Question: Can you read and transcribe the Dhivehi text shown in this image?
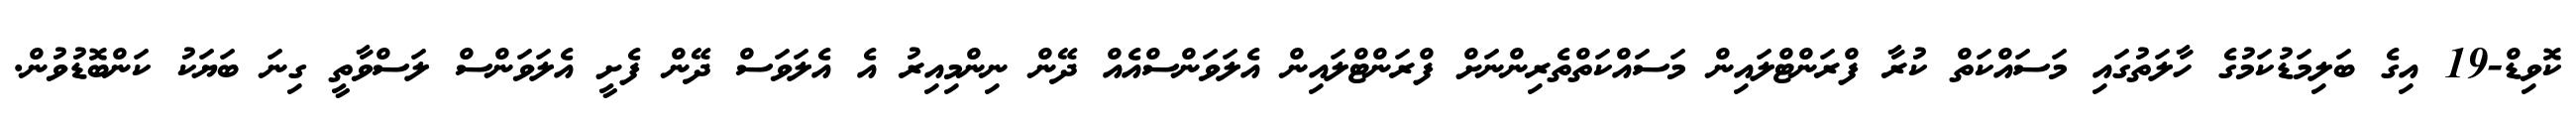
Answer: ކޮވިޑް-19 އިގެ ބަލިމަޑުކަމުގެ ހާލަތުގައި މަސައްކަތް ކުރާ ފްރަންޓްލައިން މަސައްކަތްތެރިންނަށް ފްރަންޓްލައިން އެލަވަންސްއެއް ދޭން ނިންމިއިރު އެ އެލަވަސް ދޭން ފެށީ އެލަވަންސް ލަސްވާތީ ގިނަ ބަޔަކު ކަންބޮޑުވުން.